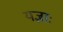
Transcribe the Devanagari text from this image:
यज्ञाः